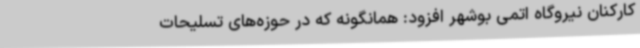
کارکنان نیروگاه اتمی بوشهر افزود: همانگونه که در حوزه‌های تسلیحات